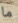
ما